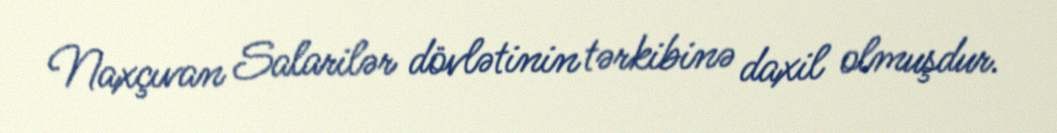
Naxçıvan Salarilər dövlətinin tərkibinə daxil olmuşdur.